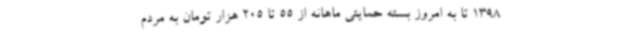
1398 تا به امروز بسته حمایتی ماهانه از 55 تا 205 هزار تومان به مردم